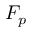
F _ { p }